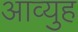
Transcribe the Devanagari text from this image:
आव्युह